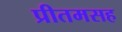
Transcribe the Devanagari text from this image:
प्रीतमसह